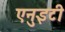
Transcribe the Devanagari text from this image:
एनुइटी